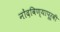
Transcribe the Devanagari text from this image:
नोंदविण्यापूर्वी